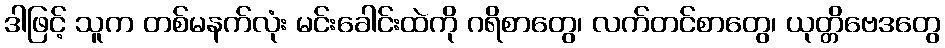
ဒါဖြင့် သူက တစ်မနက်လုံး မင်းခေါင်းထဲကို ဂရိစာတွေ၊ လက်တင်စာတွေ၊ ယုတ္တိဗေဒတွေ